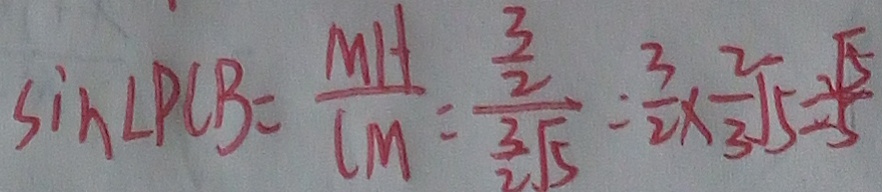
\sin \angle P C B = \frac { M H } { C M } = \frac { \frac { 3 } { 2 } } { \frac { 3 } { 2 } \sqrt { 5 } } = \frac { 3 } { 2 } \times \frac { 2 } { 3 } \sqrt { 5 } = \frac { \sqrt { 5 } } { 5 }